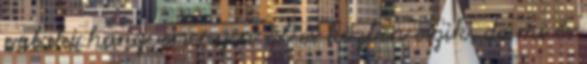
valaki hangversenyen ül és közben eszik, de mi és